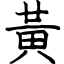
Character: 黃